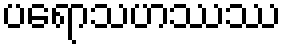
ပရောသဟဿဿ